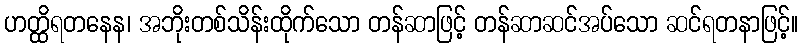
ဟတ္ထိရတနေန၊ အဘိုးတစ်သိန်းထိုက်သော တန်ဆာဖြင့် တန်ဆာဆင်အပ်သော ဆင်ရတနာဖြင့်။